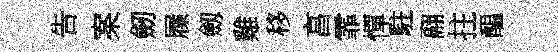
告案劒屧劔雞移亯霏憚駐翮拄醖